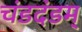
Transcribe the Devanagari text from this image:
चंडदंडम्